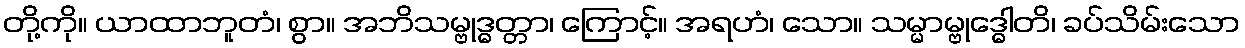
တို့ကို။ ယာထာဘူတံ၊ စွာ။ အဘိသမ္ဗုဒ္ဓတ္တာ၊ ကြောင့်။ အရဟံ၊ သော။ သမ္မာမ္ဗုဒ္ဓေါတိ၊ ခပ်သိမ်းသော